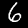
Label: 6